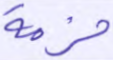
حزمة